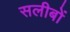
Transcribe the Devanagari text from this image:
सलीबों